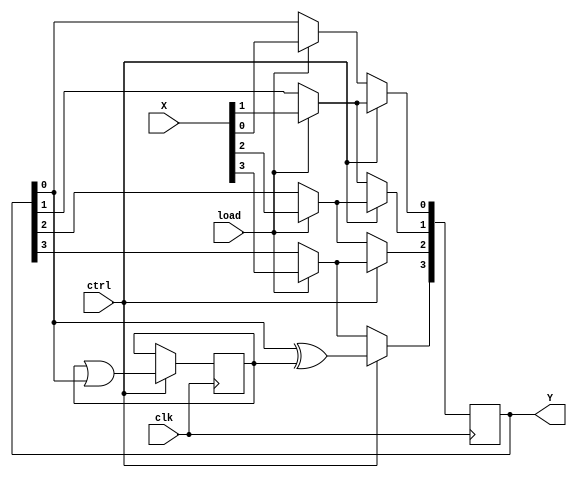
`timescale 1ns / 1ps
//////////////////////////////////////////////////////////////////////////////////
// Company: 
// Engineer: 
// 
// Design Name: 
// Module Name: melay
// Project Name: 
// Target Devices: 
// Tool Versions: 
// Description: 
// 
// Dependencies: 
// 
// Revision:
// Revision 0.01 - File Created
// Additional Comments:
// 
//////////////////////////////////////////////////////////////////////////////////


module melay(X,load,ctrl,clk,Y);
input [3:0]X;
input load,ctrl,clk;
output reg [3:0] Y;
wire D,V;
reg A=0;

always @(posedge clk)
begin
    if(load)
    begin
        Y[0]=X[0];
        Y[1]=X[1];
        Y[2]=X[2];
        Y[3]=X[3];
    end
    if(ctrl)
    begin
        A<=D;
        Y[0]<=Y[1];
        Y[1]<=Y[2];
        Y[2]<=Y[3];
        Y[3]<=V;
    end
end

assign D= A | Y[0];
assign V= Y[0]^A;
endmodule